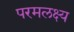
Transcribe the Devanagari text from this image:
परमलक्ष्य